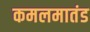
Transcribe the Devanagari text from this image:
कमलमातंड